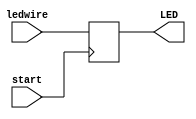
`timescale 1ns / 1ps
//////////////////////////////////////////////////////////////////////////////////
// Company: 
// Engineer: 
// 
// Design Name: 
// Module Name: checker
// Project Name: 
// Target Devices: 
// Tool Versions: 
// Description: 
// 
// Dependencies: 
// 
// Revision:
// Revision 0.01 - File Created
// Additional Comments:
// 
//////////////////////////////////////////////////////////////////////////////////


module genrator(
input start,
input [15:0]ledwire,
output reg [15:0]LED
    );
    always @(negedge start)
    begin
    LED=ledwire;
   end
endmodule